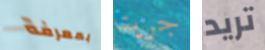
بمعرفة جريتا تريد